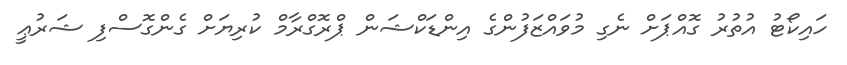
ހައިކޯޓު އުތުރު ގޮއްޕަށް ނެގި މުވައްޒަފުންގެ އިންޑަކްޝަން ޕްރޮގްރާމް ކުރިޔަށް ގެންގޮސްފި ޝަރުޢީ